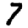
Digit: 7